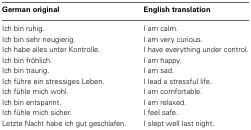
| German original | English translation |
 | --- | --- |
 | Ich bin ruhig. | I am calm. |
 | Ich bin sehr neugierig. | I am very curious. |
 | Ich habe alles unter Kontrolle. | I have everything under control. |
 | Ich bin fröhlich. | I am happy. |
 | Ich bin traurig. | I am sad. |
 | Ich führe ein stressiges Leben. | I lead a stressful life. |
 | Ich fühle mich wohl. | I am comfortable. |
 | Ich bin entspannt. | I am relaxed. |
 | Ich fühle mich sicher. | I feel safe. |
 | Letzte Nacht habe ich gut geschlafen. | I slept well last night. |